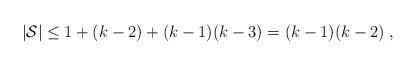
LaTeX: \begin{align*} |\mathcal{S}|\leq 1+(k-2)+(k-1)(k-3)=(k-1)(k-2)\;, \end{align*}